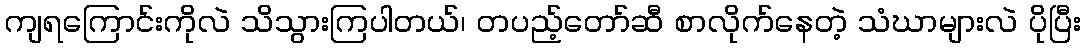
ကျရကြောင်းကိုလဲ သိသွားကြပါတယ်၊ တပည့်တော်ဆီ စာလိုက်နေတဲ့ သံဃာများလဲ ပိုပြီး